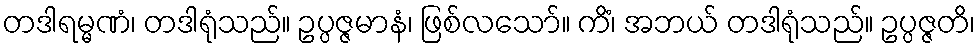
တဒါရမ္မဏံ၊ တဒါရုံသည်။ ဥပ္ပဇ္ဇမာနံ၊ ဖြစ်လသော်။ ကိံ၊ အဘယ် တဒါရုံသည်။ ဥပ္ပဇ္ဇတိ၊